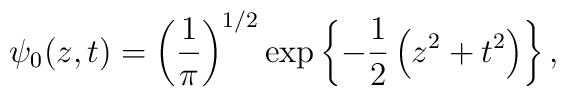
\psi_{0}(z,t) = \left({1 \over \pi }\right)^{1/2}\exp\left\{-{1\over 2}\left(z^{2} + t^{2}\right)\right\} ,